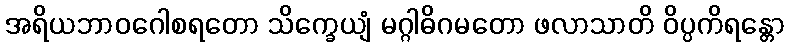
အရိယဘာဝဂေါစရတော သိက္ခေယျံ မဂ္ဂါဓိဂမတော ဖလာသာတိ ဝိပ္ပကိရန္တော